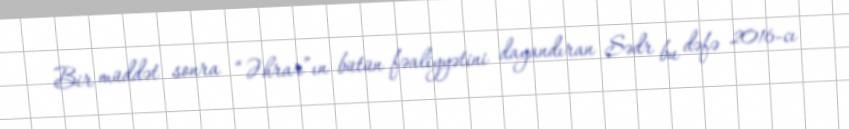
Bir müddət sonra “Əhrar”ın bütün fəaliyyətini dayandıran Sədr bu dəfə 2016-cı